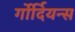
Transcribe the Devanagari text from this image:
र्गोर्दियन्स